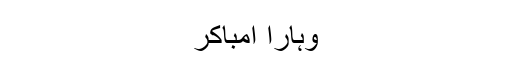
وہارا امباکر